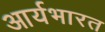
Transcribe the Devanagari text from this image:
आर्यभारत